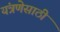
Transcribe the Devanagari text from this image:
यंत्रणेसाठी